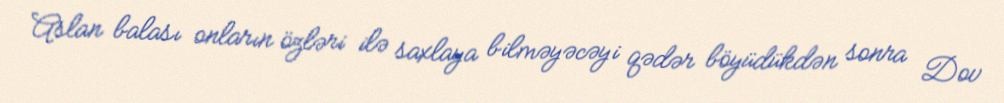
Aslan balası onların özləri ilə saxlaya bilməyəcəyi qədər böyüdükdən sonra Dov